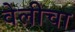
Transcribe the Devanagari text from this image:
वेलीचा